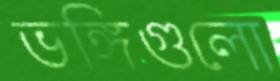
ভঙ্গিগুলো